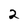
Character: 2